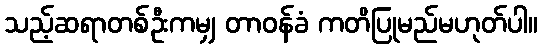
သည့်ဆရာတစ်ဦးကမျှ တာဝန်ခံ ကတိပြုမည်မဟုတ်ပါ။